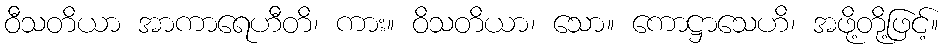
ဝီသတိယာ အာကာရေဟီတိ၊ ကား။ ဝိသတိယာ၊ သော။ ကောဋ္ဌာသေဟိ၊ အဖို့တို့ဖြင့်။